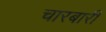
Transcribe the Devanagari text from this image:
चारबारी